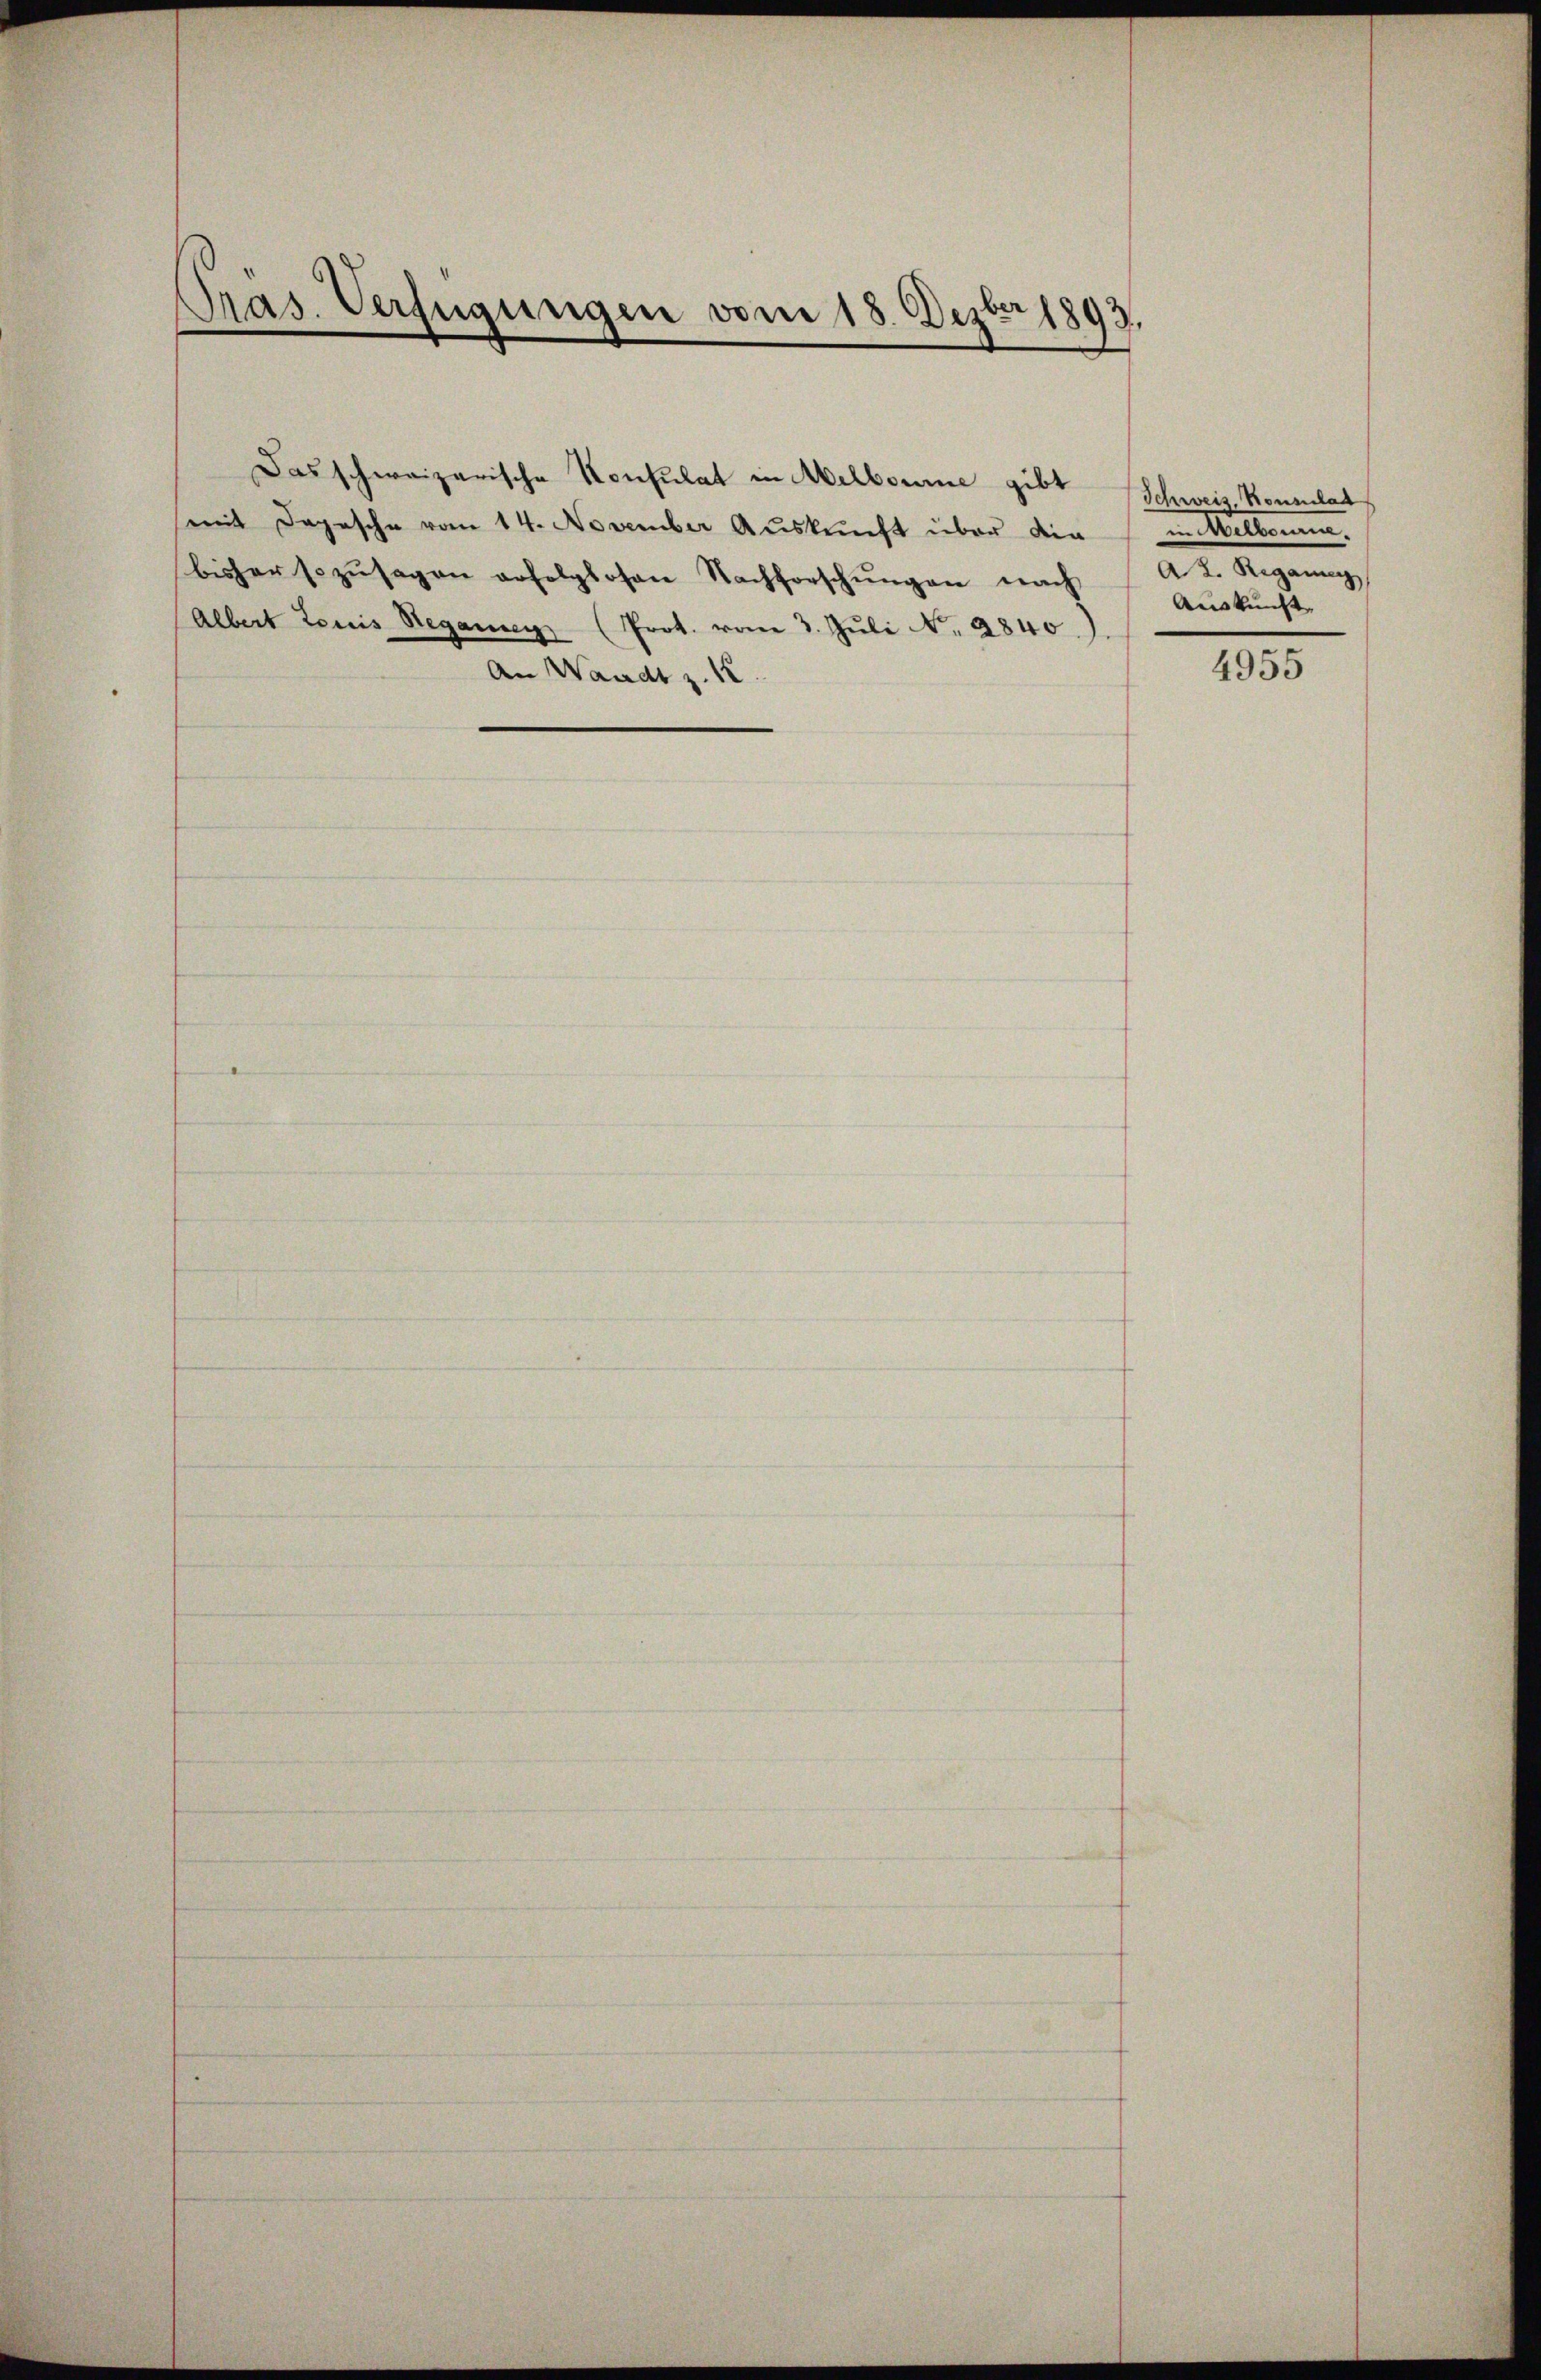
Pras. Verfügungen vom 18. Dezbr 1893.

Das schweizerische Konsulat in Melboume gibt
mit Depesche vom 14. November Aŭskŭnft über die
bisher sozusagen erfolglosen Nachforschungen nach
Albert Loris Begannen (Prot. vom 3. Juli N. 2840.)
An Waadt z. 12

Schweiz. Konsulat
in Mitkommen.
A2. Regang
Auskunft.

4955